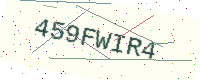
Text: 459FWIR4